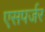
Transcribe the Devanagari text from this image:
एसपर्जर